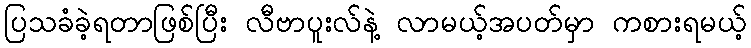
ပြသခံခဲ့ရတာဖြစ်ပြီး လီဗာပူးလ်နဲ့ လာမယ့်အပတ်မှာ ကစားရမယ့်